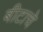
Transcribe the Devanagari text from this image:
बीटाचे